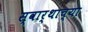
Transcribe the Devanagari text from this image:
स्वार्थाच्या